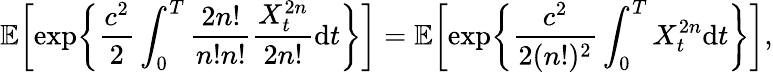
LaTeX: {\mathbb E}\biggl[\exp\biggl\{ \frac{c^{2}}{2}\int_{0}^{T}\frac{2n\mathrm{!}}{n\mathrm{!}n\mathrm{!}}\frac{X_{t}^{2n}}{2n\mathrm{!}}\mathrm{d}t\biggr\} \biggr]={\mathbb E}\biggl[\exp\biggl\{ \frac{c^{2}}{2(n\mathrm{!})^{2}}\int_{0}^{T}X_{t}^{2n}\mathrm{d}t\biggr\} \biggr],